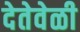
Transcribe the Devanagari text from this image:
देतेवेळी